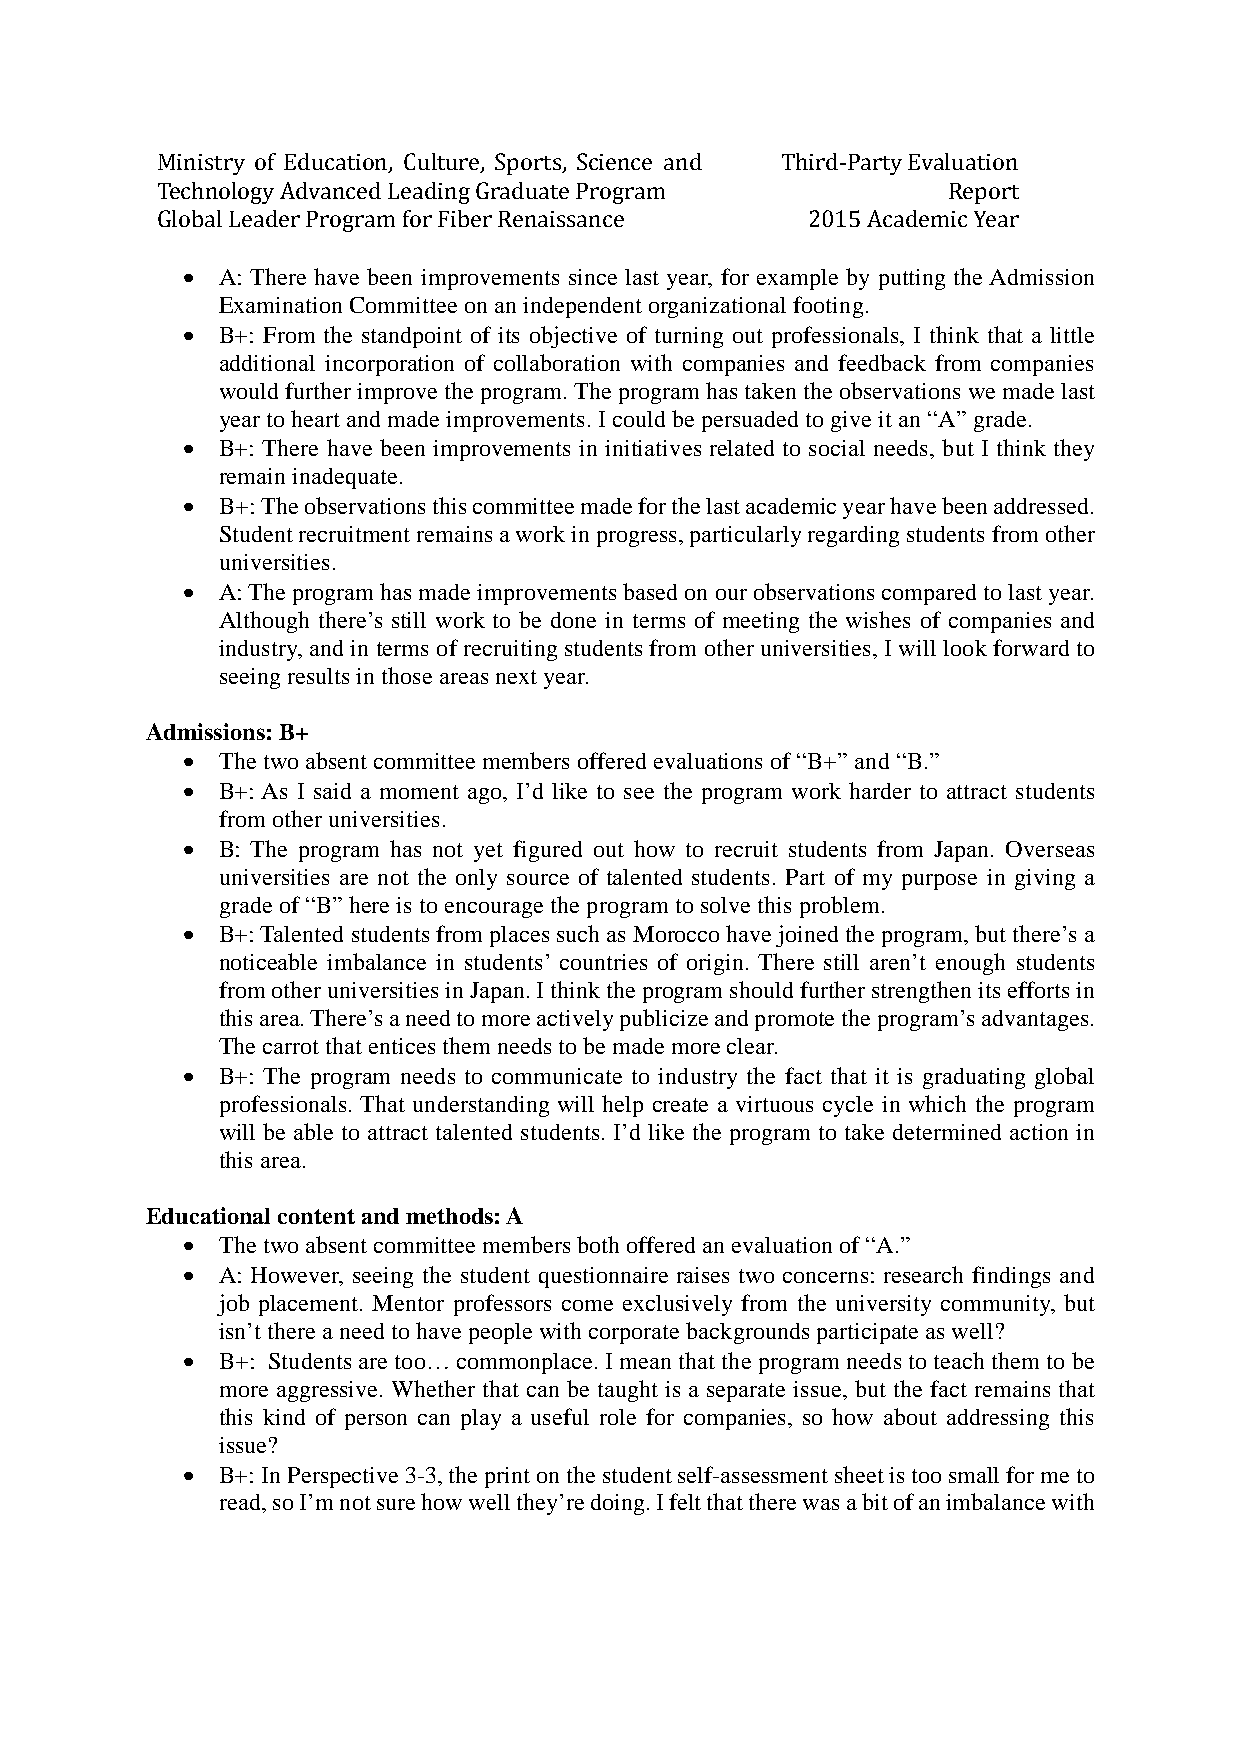
Ministry of Education, Culture, Sports, Science and Third-Party Evaluation
 Technology Advanced Leading Graduate Program         Report
 Global Leader Program for Fiber Renaissance 2015 Academic Year
  A: There have been improvements since last year, for example by putting the Admission
 Examination Committee on an independent organizational footing.
  B+: From the standpoint of its objective of turning out professionals, I think that a little
 additional incorporation of collaboration with companies and feedback from companies
 would further improve the program. The program has taken the observations we made last
 year to heart and made improvements. I could be persuaded to give it an “A” grade.
  B+: There have been improvements in initiatives related to social needs, but I think they
 remain inadequate.
  B+: The observations this committee made for the last academic year have been addressed.
 Student recruitment remains a work in progress, particularly regarding students from other
 universities.
  A: The program has made improvements based on our observations compared to last year.
 Although there’s still work to be done in terms of meeting the wishes of companies and
 industry, and in terms of recruiting students from other universities, I will look forward to
 seeing results in those areas next year.
 Admissions: B+
  The two absent committee members offered evaluations of “B+” and “B.”
  B+: As I said a moment ago, I’d like to see the program work harder to attract students
 from other universities.
  B: The program has not yet figured out how to recruit students from Japan. Overseas
 universities are not the only source of talented students. Part of my purpose in giving a
 grade of “B” here is to encourage the program to solve this problem.
  B+: Talented students from places such as Morocco have joined the program, but there’s a
 noticeable imbalance in students’ countries of origin. There still aren’t enough students
 from other universities in Japan. I think the program should further strengthen its efforts in
 this area. There’s a need to more actively publicize and promote the program’s advantages.
 The carrot that entices them needs to be made more clear.
  B+: The program needs to communicate to industry the fact that it is graduating global
 professionals. That understanding will help create a virtuous cycle in which the program
 will be able to attract talented students. I’d like the program to take determined action in
 this area.
 Educational content and methods: A
  The two absent committee members both offered an evaluation of “A.”
  A: However, seeing the student questionnaire raises two concerns: research findings and
 job placement. Mentor professors come exclusively from the university community, but
 isn’t there a need to have people with corporate backgrounds participate as well?
  B+: Students are too… commonplace. I mean that the program needs to teach them to be
 more aggressive. Whether that can be taught is a separate issue, but the fact remains that
 this kind of person can play a useful role for companies, so how about addressing this
 issue?
  B+: In Perspective 3-3, the print on the student self-assessment sheet is too small for me to
 read, so I’m not sure how well they’re doing. I felt that there was a bit of an imbalance with